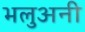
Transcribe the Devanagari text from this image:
भलुअनी